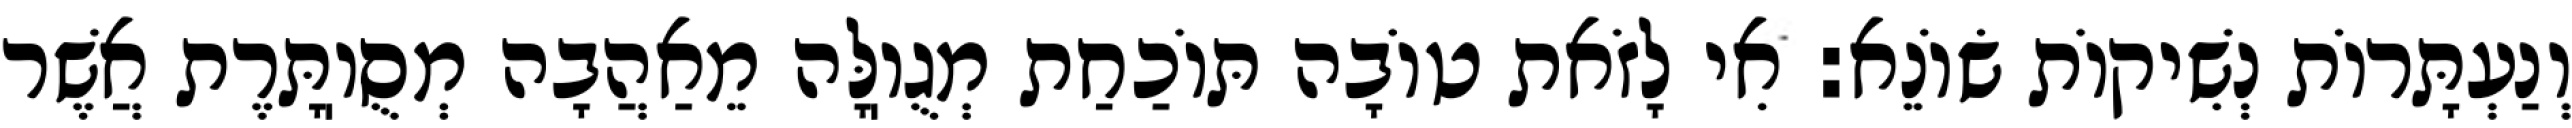
וְנַעְתָּרוֹת נְשִׁיקוֹת שׂוֹנֵא: אִי לָזֹאת טוֹבָה תּוֹכַחַת מְגֻוֽלָּה מֵאַהֲבָה מְסֻוֽתָּרֶת אֲשֶׁר